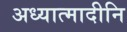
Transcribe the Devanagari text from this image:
अध्यात्मादीनि